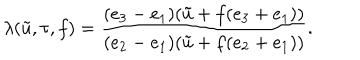
\lambda ( \tilde { u } , \tau , f ) = \frac { ( e _ { 3 } - e _ { 1 } ) ( \tilde { u } + f ( e _ { 3 } + e _ { 1 } ) ) } { ( e _ { 2 } - e _ { 1 } ) ( \tilde { u } + f ( e _ { 2 } + e _ { 1 } ) ) } .